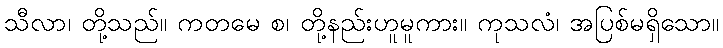
သီလာ၊ တို့သည်။ ကတမေ စ၊ တို့နည်းဟူမူကား။ ကုသလံ၊ အပြစ်မရှိသော။